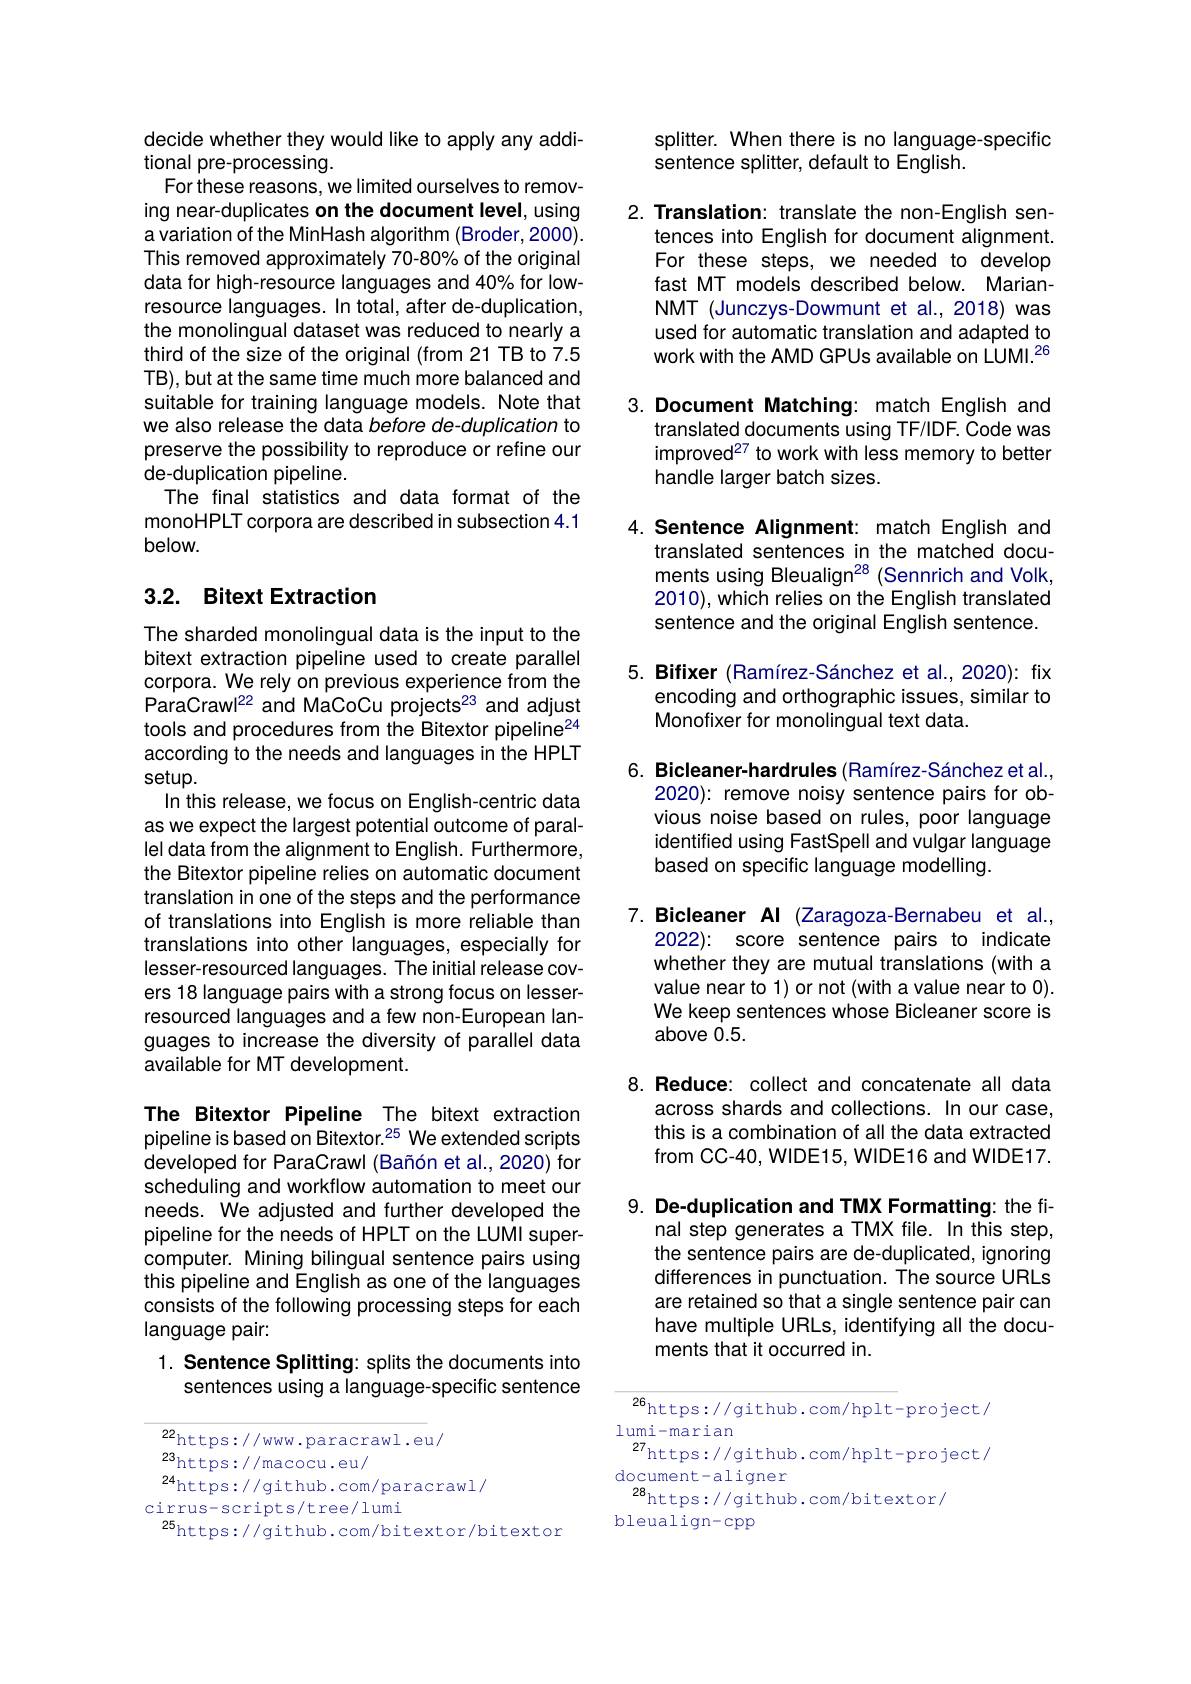
splitter. When there is no language-specific
sentence splitter, default to English.

2. Translation: translate the non-English sen-
tences into English for document alignment. For these steps, we needed to develop fast MT modeis described below. MarianNMT (Junczys-Dowmunt et al., 2018) was used for automatic translation and adapted to work with the AMD GPUs available on LUMI.$^{26}$

decide whether they would like to apply any addi-
tional pre-processing.
For these reasons, we limited ourselves to removing near-duplicates on the document level, using a variation of the MinHash algorithm (Broder, 2000). This removed approximately 70-80% of the original data for high-resource languages and 40% for lowresource languages. In total, after de-duplication, the monolingual dataset was reduced to nearly a third of the size of the original (from 21 TB to 7.5 TB), but at the same time much more balanced and suitable for training language models. Note that we also release the data before de-duplication to preserve the possibility to reproduce or refine our de-duplication pipeline.
The final statistics and data format of the monoHPLT corpora are described in subsection 4.1 below.

# 3.2. Bitext Extraction

The sharded monolingual data is the input to the bitext extraction pipeline used to create parallel corpora. We rely on previous experience from the ParaCrawl$^{22}$ and MaCoCu projects$^{23}$ and adjust tools and procedures from the Bitextor pipeline^{24} according to the needs and languages in the HPLT setup.
In this release, we focus on English-centric data as we expect the largest potential outcome of parallel data from the alignment to English. Furthermore, the Bitextor pipeline relies on automatic document translation in one of the steps and the performance of translations into English is more reliable than translations into other languages, especially for lesser-resourced languages. The initial release covers 18 language pairs with a strong focus on lesserresourced languages and a few non-European languages to increase the diversity of parallel data available for MT development.

The Bitextor Pipeline The bitext extraction pipeline is based on Bitextor.$^{25}$ We extended scripts developed for ParaCrawl (Bañón et al., 2020) for scheduling and workflow automation to meet our needs. We adjusted and further developed the pipeline for the needs of HPLT on the LUMI supercomputer. Mining bilingual sentence pairs using this pipeline and English as one of the languages consists of the following processing steps for each language pair:

1. Sentence Splitting: splits the documents into
sentences using a language-specific sentence

$^{22}$https://www.paracrawl.eu/
23https: / / macocu. eu/ 24https: / / github. com/ paracrawl/
cirrus-scripts/tree/lumi$^{25}$https://github.com/bitextor/bitextor

3. Document Matching: match English and
translated documents using TF/IDF. Code was improved$^{27}$ to work with less memory to better handle larger batch sizes.

4. Sentence Alignment: match English and
translated sentences in the matched documents using Bleualign$^{28}$ (Sennrich and Volk, 2010), which relies on the English translated sentence and the original English sentence.

5. Bifixer (Ramírez-Sánchez et al., 2020): fix
encoding and orthographic issues, similar to
Monofixer for monolingual text data.

6. Bicleaner-hardrules (Ramírez-Sánchez et al.,
2020): remove noisy sentence pairs for obvious noise based on rules, poor language identified using FastSpell and vulgar language based on specific language modelling.

7. Bicleaner AI (Zaragoza-Bernabeu et al.,
2022): score sentence pairs to indicate whether they are mutual translations (with a value near to 1) or not (with a value near to 0). We keep sentences whose Bicleaner score is above 0.5.

8. Reduce: collect and concatenate all data
across shards and collections. In our case, this is a combination of all the data extracted from CC-40, WIDE15, WIDE16 and WIDE17.

9. De-duplication and TMX Formatting: the fi-
nal step generates a TMX file. In this step, the sentence pairs are de-duplicated, ignoring differences in punctuation. The source URLs are retained so that a single sentence pair can have multiple URLs, identifying all the documents that it occurred in.

$^{26}$https://github.com/hplt-project/
lumi-marian
$^{27}$https://github.com/hplt-project/
document-aligner
$^{28}$https://github.com/bitextor/
bleualign-cpp